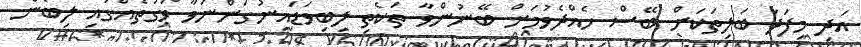
އަދި މިފަދަ ބަލިތަކަށް ބޭސް ހެއްދެވުމަށް ބޭނުންވާ ތަކެތި ލިބިވަޑައިނުގަންނަވާ ވަގުތެއްގައި ލިބެން